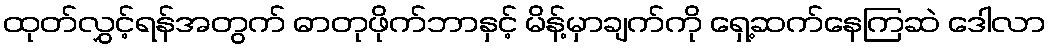
ထုတ်လွှင့်ရန်အတွက် ဓာတုဖိုက်ဘာနှင့် မိန့်မှာချက်ကို ရှေ့ဆက်နေကြဆဲ ဒေါလာ